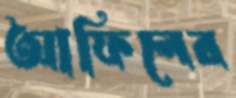
আফিলের